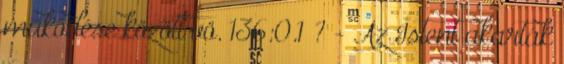
működése között vö. 136:0.1 ? - Az Istent akarták